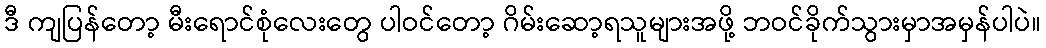
ဒီ ကျပြန်တော့ မီးရောင်စုံလေးတွေ ပါဝင်တော့ ဂိမ်းဆော့ရသူများအဖို့ ဘဝင်ခိုက်သွားမှာအမှန်ပါပဲ။